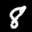
Label: 8